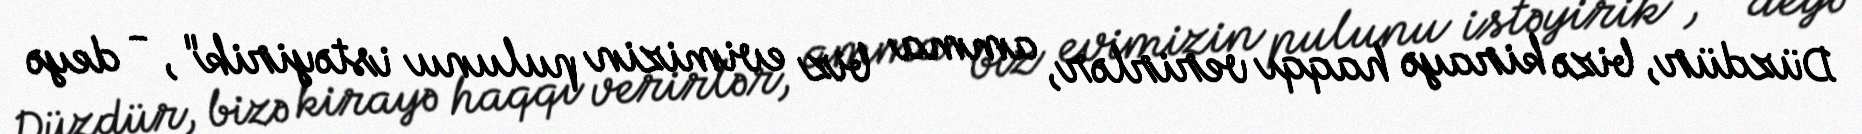
Düzdür, bizə kirayə haqqı verirlər, amma biz evimizin pulunu istəyirik", - deyə